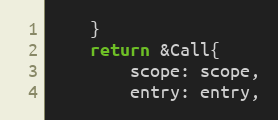
Language: Go
	}
	return &Call{
		scope: scope,
		entry: entry,